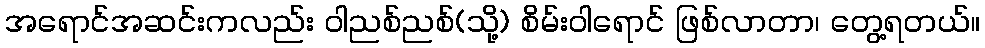
အရောင်အဆင်းကလည်း ဝါညစ်ညစ်(သို့) စိမ်းဝါရောင် ဖြစ်လာတာ၊ တွေ့ရတယ်။